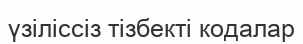
үзіліссіз тізбекті кодалар